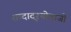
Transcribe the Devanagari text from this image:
शब्दादृश्योवाजी